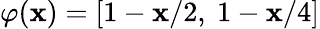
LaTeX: \varphi(\mathbf{x})=[1-\mathbf{x}/2,~1-\mathbf{x}/4]